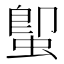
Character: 𮔕